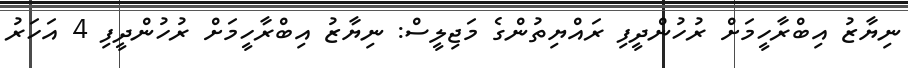
ނިޔާޒު އިބްރާހީމަށް ރުހުންދީފި ރައްޔިތުންގެ މަޖިލީސް: ނިޔާޒު އިބްރާހީމަށް ރުހުންދީފި 4 އަހަރު